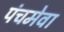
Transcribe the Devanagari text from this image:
पंचमेवा